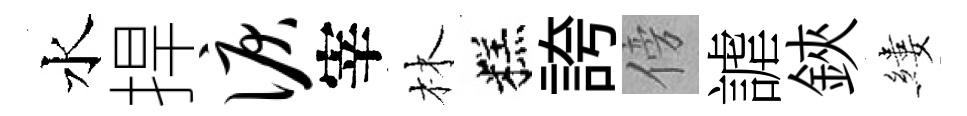
水捍泪宰林糕誇傍謔鋏縷